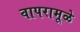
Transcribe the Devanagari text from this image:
वापरामूळे